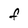
Character: F